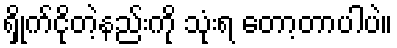
ရှိုက်ငိုတဲ့နည်းကို သုံးရ တော့တာပါပဲ။